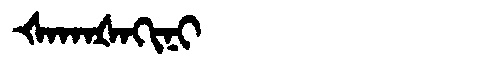
Manchu: ᡧᠠᡴᠠᡧᠠᡴᡳᠨᡳ
Romanization: ŠAKAŠAKINI